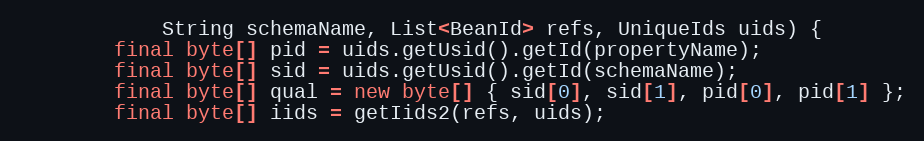
Language: Java
            String schemaName, List<BeanId> refs, UniqueIds uids) {
        final byte[] pid = uids.getUsid().getId(propertyName);
        final byte[] sid = uids.getUsid().getId(schemaName);
        final byte[] qual = new byte[] { sid[0], sid[1], pid[0], pid[1] };
        final byte[] iids = getIids2(refs, uids);